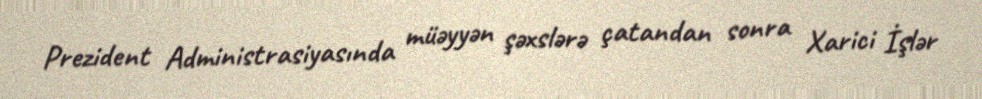
Prezident Administrasiyasında müəyyən şəxslərə çatandan sonra Xarici İşlər